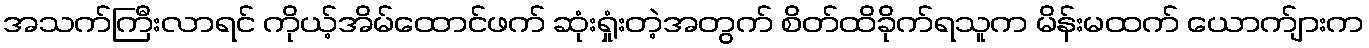
အသက်ကြီးလာရင် ကိုယ့်အိမ်ထောင်ဖက် ဆုံးရှုံးတဲ့အတွက် စိတ်ထိခိုက်ရသူက မိန်းမထက် ယောက်ျားက